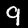
Label: 9